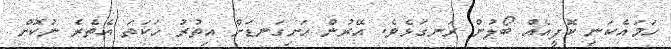
ހަމައެކަނި ކޮފީއެއް ބޯލުން ރަނގަޅެވެ. އޭރުން ހަށިގަނޑަށް އިތުރު ހަކަތަ އެތެރެ ނުކޮށް